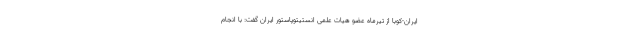
ایران-کوبا از تیرماه عضو هیات علمی انستیتوپاستور ایران گفت: با انجام